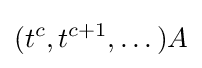
(t^{c},t^{c+1},\dots )A